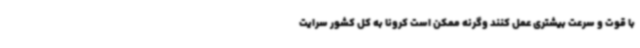
با قوت و سرعت بیشتری عمل کنند وگرنه ممکن است کرونا به کل کشور سرایت